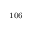
^ \mathrm { 1 0 6 }